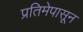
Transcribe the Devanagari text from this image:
प्रतिमेपासून